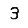
Digit: 3